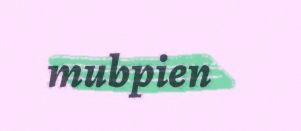
mubpien